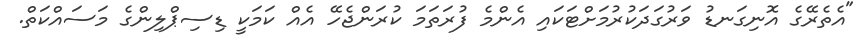
"އެތެރޭގެ އޮނިގަނޑު ވަރުގަދަކުރުމަށްޓަކައި އެންމެ ފުރަތަމަ ކުރަންޖެހޭ އެއް ކަމަކީ ޑިސިޕްލިންގެ މަސައްކަތް.